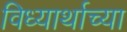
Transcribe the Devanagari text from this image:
विध्यार्थाच्या